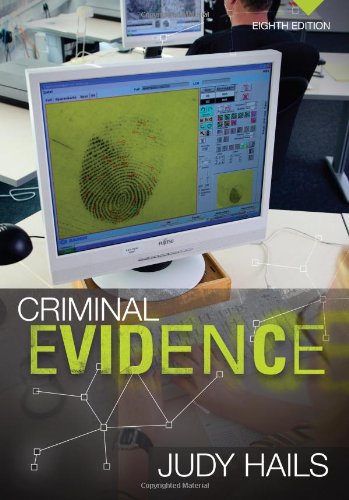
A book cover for Criminal Evidence; Judy Hails; Law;